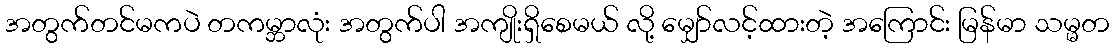
အတွက်တင်မကပဲ တကမ္ဘာလုံး အတွက်ပါ အကျိုးရှိစေမယ် လို့ မျှော်လင့်ထားတဲ့ အကြောင်း မြန်မာ သမ္မတ